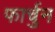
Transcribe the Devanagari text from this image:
फार्चुन